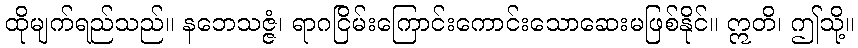
ထိုမျက်ရည်သည်။ နဘေသဇ္ဇံ၊ ရာဂငြိမ်းကြောင်းကောင်းသောဆေးမဖြစ်နိုင်။ ဣတိ၊ ဤသို့။